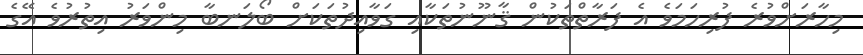
މިހާރަށްވުރެ ފުރިހަމަވެ އެ ފަރާތްތަކުން ޤާނޫނުތަކާއި ގަވާއިދުތަކަށް ބޯލަނބާ މިންވަރު އިތުރުވެ އޭގެ